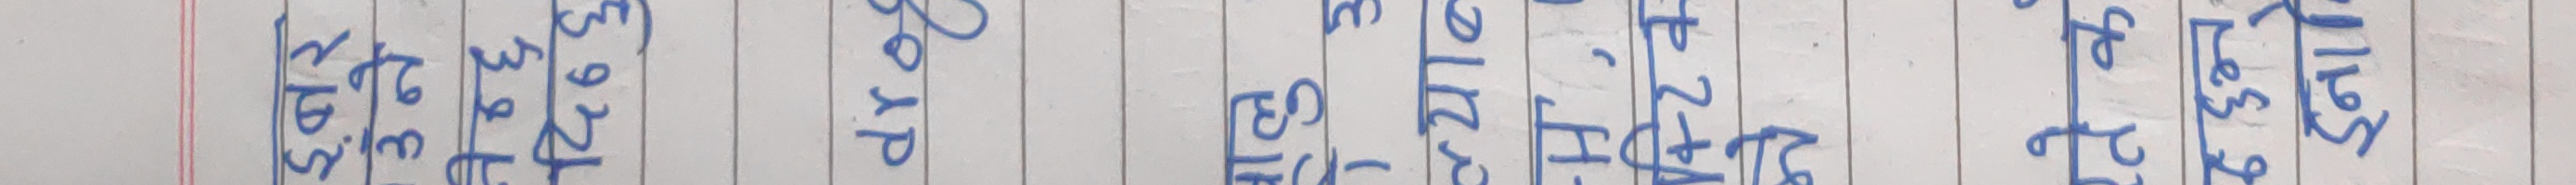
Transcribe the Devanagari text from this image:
लेखेको 3.2222
अझै थप्न 3.24 दिन
सकेको छैन। 3.26
भन्ने थाहा छ। 3.28
कहिले हुन्छ 3.30